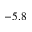
- 5 . 8